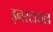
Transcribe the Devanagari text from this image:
इनरटायल